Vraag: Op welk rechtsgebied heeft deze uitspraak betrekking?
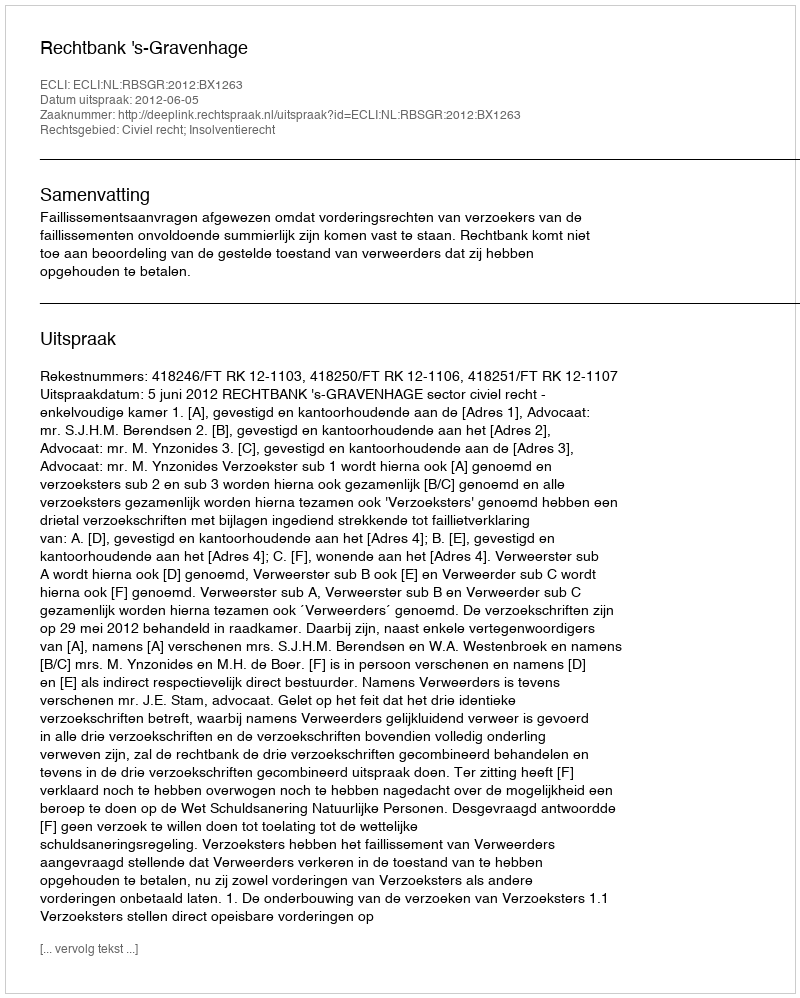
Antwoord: Civiel recht; Insolventierecht